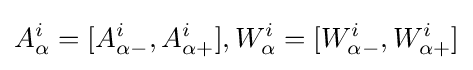
A_{\alpha }^{i}=[A_{\alpha -}^{i},A_{\alpha +}^{i}],W_{\alpha }^{i}=[W_{\alpha -}^{i},W_{\alpha +}^{i}]